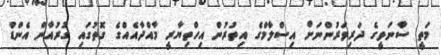
މަތީ ސާނަވީގެ ދަރިވަރުންނަށް އިސްލާމްގެ އިތުރުން އިހްތިޔާރީ މާއްދާއެއްގެ ގޮތުގައި ގުރުއާން އެންޑް